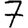
Digit: 7